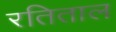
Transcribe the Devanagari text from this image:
रतिताल